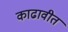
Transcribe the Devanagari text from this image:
काढावीत